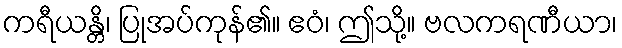
ကရီယန္တိ၊ ပြုအပ်ကုန်၏။ ဧဝံ၊ ဤသို့။ ဗလကရဏီယာ၊